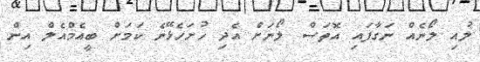
ލުއި ލޯނެއް ނަގާފައި އޮތަސް ލޯނަށް އެދި ހުށަހެޅޭނެ ކަމަށް ބީއެމްއެލް އިން